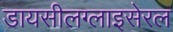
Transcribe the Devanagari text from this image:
डायसीलग्लाइसेरल